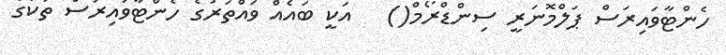
ހެންޓާވައިރަސް ޕަލްމޮނަރީ ސިންޑްރޯމް()   އަކީ ބައެއް ވައްތަރުގެ ހެންޓާވައިރަސް ތަކުގެ